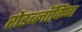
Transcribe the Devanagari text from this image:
रोडब्लॉकिंग